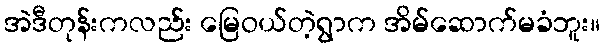
အဲဒီတုန်းကလည်း မြေဝယ်တဲ့ရွာက အိမ်ဆောက်မခံဘူး။